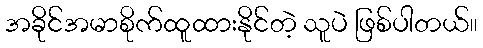
အခိုင်အမာစိုက်ထူထားနိုင်တဲ့ သူပဲ ဖြစ်ပါတယ်။